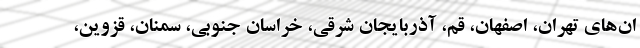
ان‌های تهران، اصفهان، قم، آذربایجان شرقی، خراسان جنوبی، سمنان، قزوین،